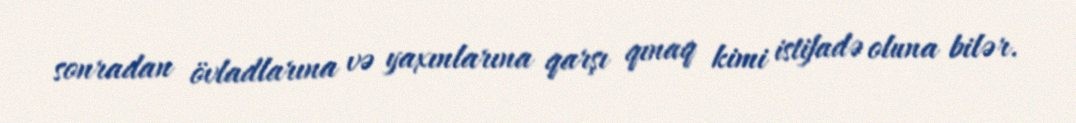
sonradan övladlarına və yaxınlarına qarşı qınaq kimi istifadə oluna bilər.